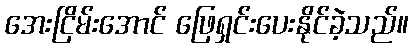
အေးငြိမ်းအောင် ဖြေရှင်းပေးနိုင်ခဲ့သည်။